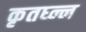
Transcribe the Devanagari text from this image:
कृतघ्न्न